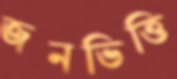
জনভিত্তি